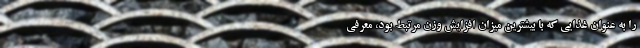
را به عنوان غذایی که با بیشترین میزان افزایش وزن مرتبط بود، معرفی